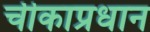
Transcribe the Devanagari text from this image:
चीकाप्रधान